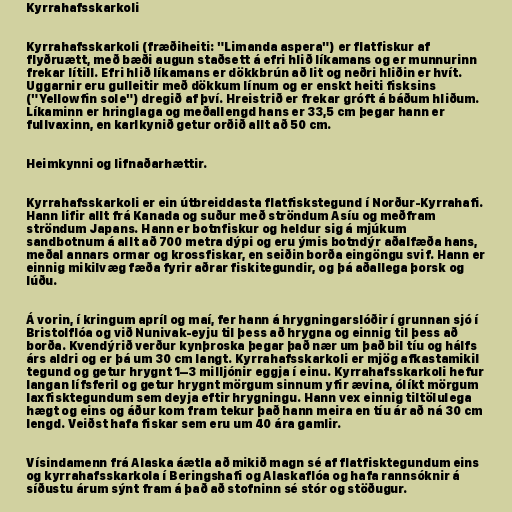
Kyrrahafsskarkoli

Kyrrahafsskarkoli (fræðiheiti: "Limanda aspera") er flatfiskur af
flyðruætt, með bæði augun staðsett á efri hlið líkamans og er munnurinn
frekar lítill. Efri hlið líkamans er dökkbrún að lit og neðri hliðin er hvít.
Uggarnir eru gulleitir með dökkum línum og er enskt heiti fisksins
("Yellowfin sole") dregið af því. Hreistrið er frekar gróft á báðum hliðum.
Líkaminn er hringlaga og meðallengd hans er 33,5 cm þegar hann er
fullvaxinn, en karlkynið getur orðið allt að 50 cm.

Heimkynni og lifnaðarhættir.

Kyrrahafsskarkoli er ein útbreiddasta flatfiskstegund í Norður-Kyrrahafi.
Hann lifir allt frá Kanada og suður með ströndum Asíu og meðfram
ströndum Japans. Hann er botnfiskur og heldur sig á mjúkum
sandbotnum á allt að 700 metra dýpi og eru ýmis botndýr aðalfæða hans,
meðal annars ormar og krossfiskar, en seiðin borða eingöngu svif. Hann er
einnig mikilvæg fæða fyrir aðrar fiskitegundir, og þá aðallega þorsk og
lúðu.

Á vorin, í kringum apríl og maí, fer hann á hrygningarslóðir í grunnan sjó í
Bristolflóa og við Nunivak-eyju til þess að hrygna og einnig til þess að
borða. Kvendýrið verður kynþroska þegar það nær um það bil tíu og hálfs
árs aldri og er þá um 30 cm langt. Kyrrahafsskarkoli er mjög afkastamikil
tegund og getur hrygnt 1–3 milljónir eggja í einu. Kyrrahafsskarkoli hefur
langan lífsferil og getur hrygnt mörgum sinnum yfir ævina, ólíkt mörgum
laxfisktegundum sem deyja eftir hrygningu. Hann vex einnig tiltölulega
hægt og eins og áður kom fram tekur það hann meira en tíu ár að ná 30 cm
lengd. Veiðst hafa fiskar sem eru um 40 ára gamlir.

Vísindamenn frá Alaska áætla að mikið magn sé af flatfisktegundum eins
og kyrrahafsskarkola í Beringshafi og Alaskaflóa og hafa rannsóknir á
síðustu árum sýnt fram á það að stofninn sé stór og stöðugur.